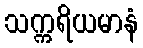
သက္ကရိယမာနံ